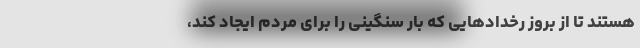
هستند تا از بروز رخدادهایی که بار سنگینی را برای مردم ایجاد کند،